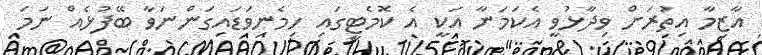
އާޒިމާ އިތުރަށް ވިދާޅުވީ އެކަމަނާ އަކީ އެ ކޮމެޓީގައި ހިމެނިވަޑައިގަންނަވާ ބޭފުޅެއް ނަމަ